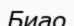
Биао